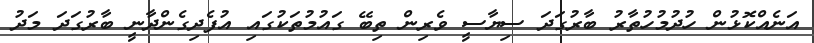
އަނެއްކޮޅުން ހުދުމުހުތާރު ބާރުގަދަ ސިޔާސީ ވެރިން ތިބޭ ގައުމުތަކުގައި އުފެދިގެންދާނީ ބާރުގަދަ މަދު